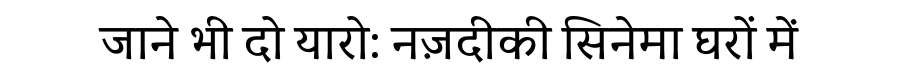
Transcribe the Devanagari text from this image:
जाने भी दो यारो: नज़दीकी सिनेमा घरों में